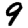
Digit: 9